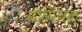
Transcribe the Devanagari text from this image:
प्रीमियल